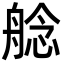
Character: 艌